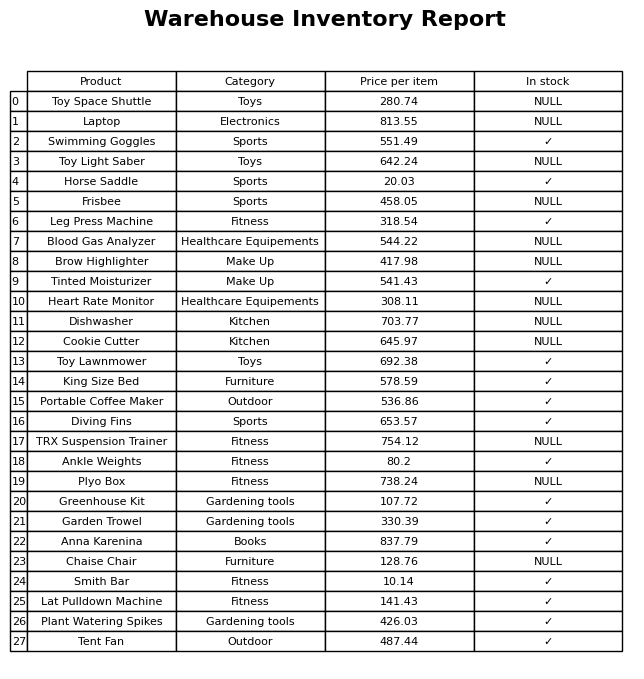
question: What is the price for Brow Highlighter?
answer: The price of Brow Highlighter is 417.98.